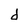
Character: d